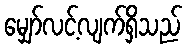
မျှော်လင့်လျက်ရှိသည်